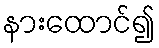
နားထောင်၍